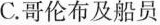
C.哥伦布及船员